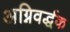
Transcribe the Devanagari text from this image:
अग्निवर्द्धक